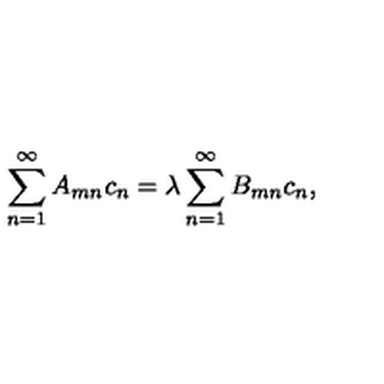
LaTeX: \sum _ { n = 1 } ^ { \infty } A _ { m n } c _ { n } = \lambda \sum _ { n = 1 } ^ { \infty } B _ { m n } c _ { n } ,